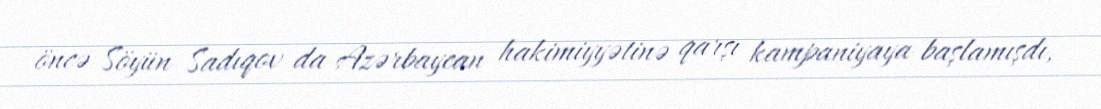
öncə Söyün Sadıqov da Azərbaycan hakimiyyətinə qarşı kampaniyaya başlamışdı,